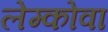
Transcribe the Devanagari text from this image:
लेम्कोवा